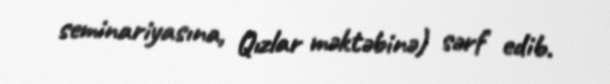
seminariyasına, Qızlar məktəbinə) sərf edib.